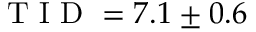
\textrm { T I D } = 7 . 1 \pm 0 . 6